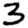
Digit: 3